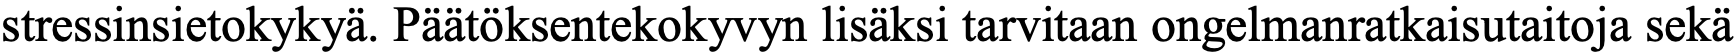
stressinsietokykyä. Päätöksentekokyvyn lisäksi tarvitaan ongelmanratkaisutaitoja sekä